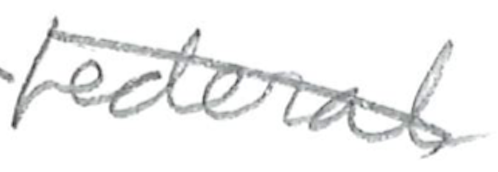
Text: federal
Cross-out: diagonal
Writing tool: pencil